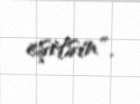
eşitsin".